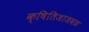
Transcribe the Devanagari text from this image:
क्षितिजाजवळ